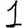
Digit: 1